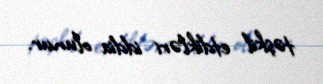
təşkil etdikləri iddia olunur.